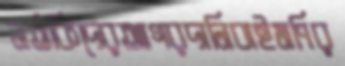
নর্তকিদেরআগরদানিবাইমণির